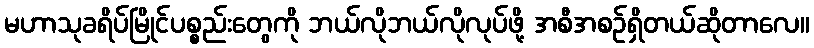
မဟာသုခရိပ်မြိုင်ပစ္စည်းတွေကို ဘယ်လိုဘယ်လိုလုပ်ဖို့ အစီအစဉ်ရှိတယ်ဆိုတာလေ။